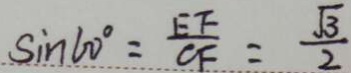
\sin 6 0 ^ { \circ } = \frac { E F } { C F } = \frac { \sqrt { 3 } } { 2 }